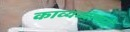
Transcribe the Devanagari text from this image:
काव्यव्यापारों